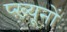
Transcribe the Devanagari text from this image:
प्ख़्यूनों